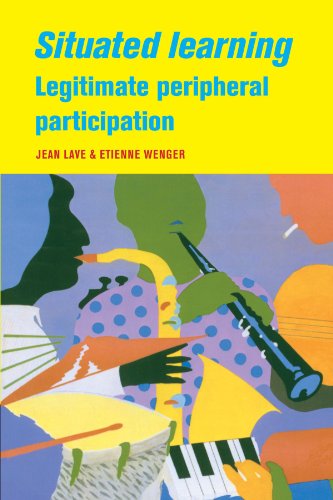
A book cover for Situated Learning: Legitimate Peripheral Participation (Learning in Doing: Social, Cognitive and Computational Perspectives); Jean Lave; Medical Books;